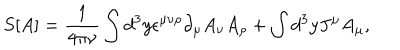
S [ A ] = \frac { 1 } { 4 \pi \nu } \int d ^ { 3 } y \epsilon ^ { \mu \nu \rho } \partial _ { \mu } A _ { \nu } A _ { \rho } + \int d ^ { 3 } y J ^ { \mu } A _ { \mu } ,